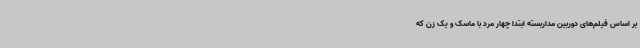
بر اساس فیلم‌های دوربین مداربسته ابتدا چهار مرد با ماسک و یک زن که